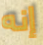
إنه